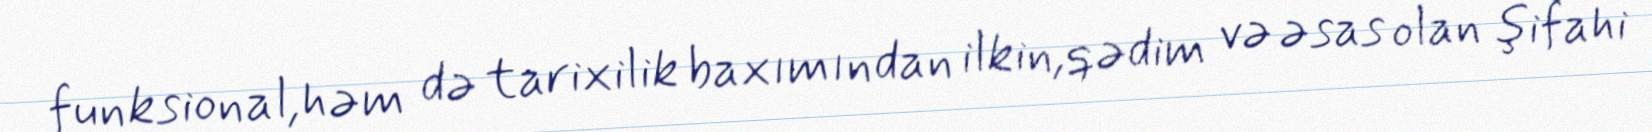
funksional,həm də tarixilik baxımından ilkin,qədim və əsas olan şifahi